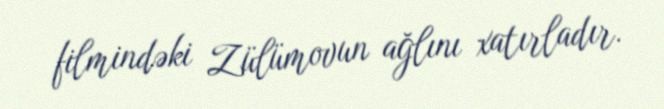
filmindəki Zülümovun ağlını xatırladır.